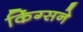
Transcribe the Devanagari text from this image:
किंग्सने